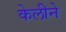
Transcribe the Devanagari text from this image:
केलीने